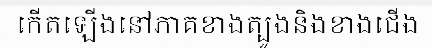
កើតឡើងនៅភាគខាងត្បូងនិងខាងជើង